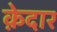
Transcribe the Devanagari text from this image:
क़ेदार